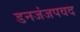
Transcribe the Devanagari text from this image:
डनजंजपवद